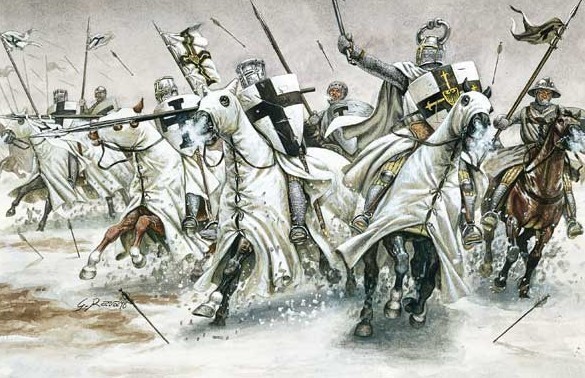
匈奴草黄马正肥，金山西见烟尘飞，汉家大将西出师。